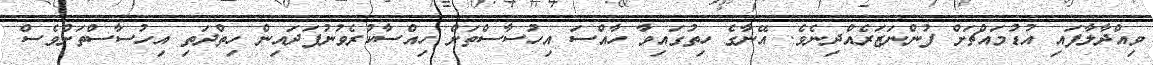
ވިއްދާލާފައި އުޑުމައްޗަށް ފުންނަޒަރެއްދިނެވެ. އޭނާގެ ހިތުގައިވާ ހާއްސަ އިހުސާސްތަށް ހިއްސާކުރެވުނުފަދައިން ހިތްދަތި އިހުސާސްތަށްވެސް